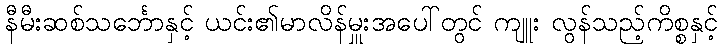
နီမီးဆစ်သင်္ဘောနှင့် ယင်း၏မာလိန်မှူးအပေါ်တွင် ကျူး လွန်သည့်ကိစ္စနှင့်